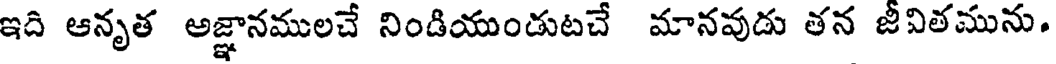
ఇది ఆనృత అజ్ఞానములచే నిండియుండుటచే మానవుడు తన జీవితమును